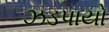
ઝડપાયો